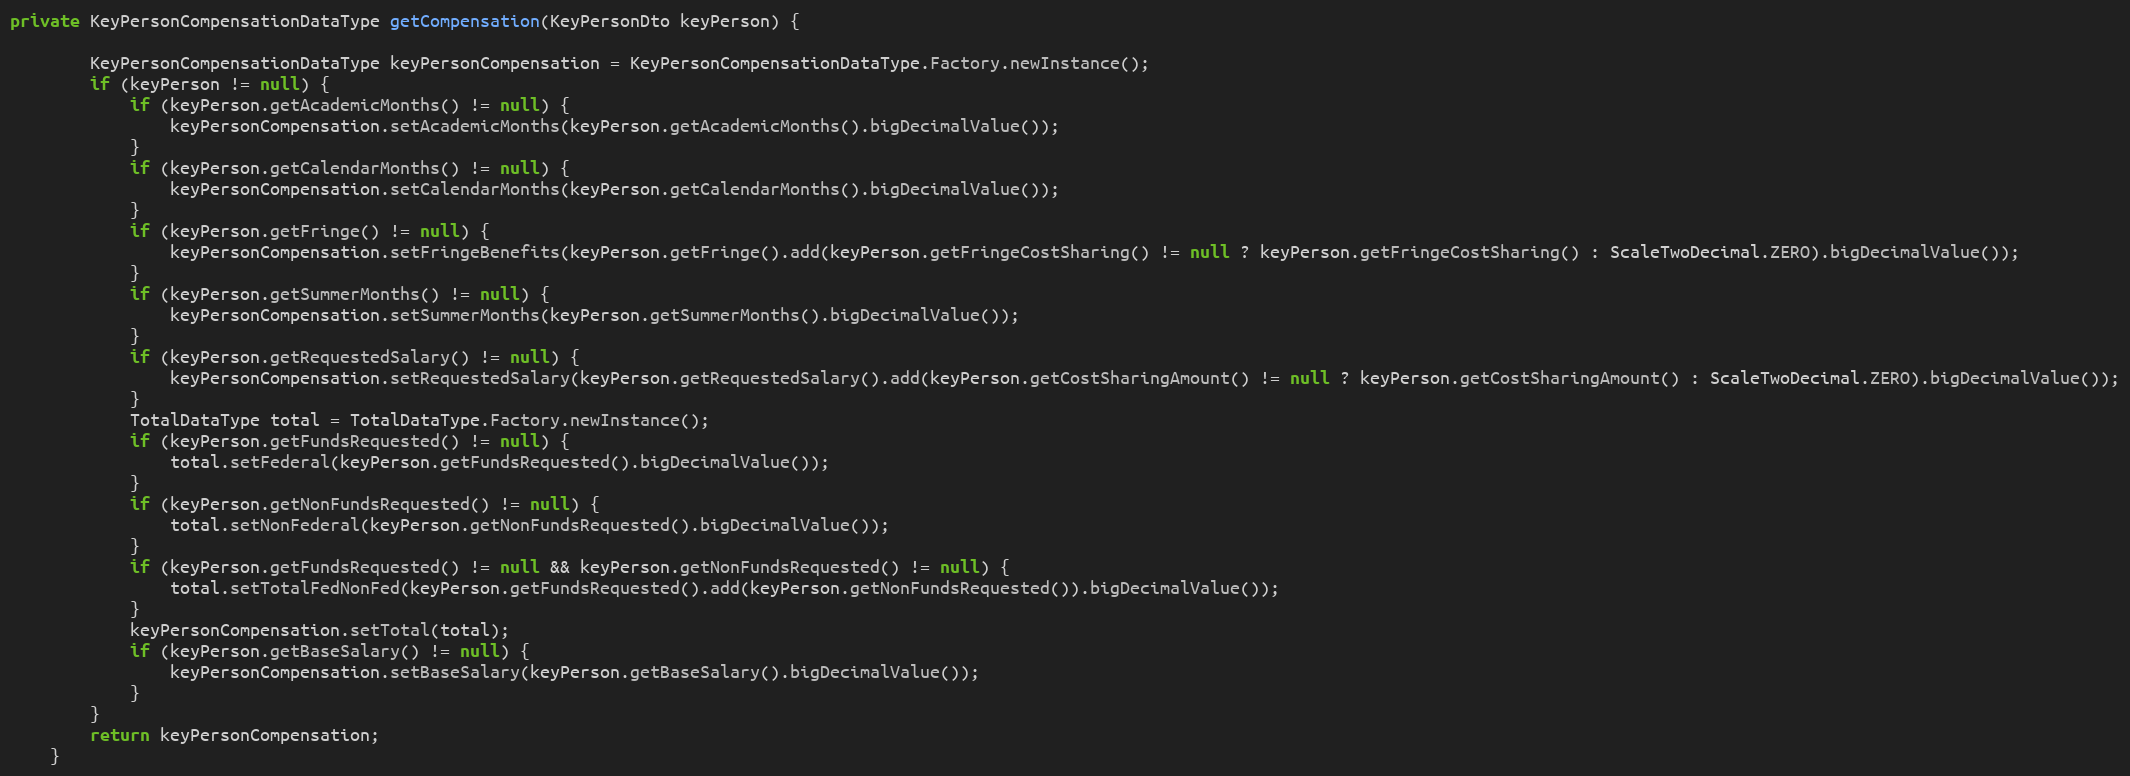
Language: Java
private KeyPersonCompensationDataType getCompensation(KeyPersonDto keyPerson) {

        KeyPersonCompensationDataType keyPersonCompensation = KeyPersonCompensationDataType.Factory.newInstance();
        if (keyPerson != null) {
            if (keyPerson.getAcademicMonths() != null) {
                keyPersonCompensation.setAcademicMonths(keyPerson.getAcademicMonths().bigDecimalValue());
            }
            if (keyPerson.getCalendarMonths() != null) {
                keyPersonCompensation.setCalendarMonths(keyPerson.getCalendarMonths().bigDecimalValue());
            }
            if (keyPerson.getFringe() != null) {
                keyPersonCompensation.setFringeBenefits(keyPerson.getFringe().add(keyPerson.getFringeCostSharing() != null ? keyPerson.getFringeCostSharing() : ScaleTwoDecimal.ZERO).bigDecimalValue());
            }
            if (keyPerson.getSummerMonths() != null) {
                keyPersonCompensation.setSummerMonths(keyPerson.getSummerMonths().bigDecimalValue());
            }
            if (keyPerson.getRequestedSalary() != null) {
                keyPersonCompensation.setRequestedSalary(keyPerson.getRequestedSalary().add(keyPerson.getCostSharingAmount() != null ? keyPerson.getCostSharingAmount() : ScaleTwoDecimal.ZERO).bigDecimalValue());
            }
            TotalDataType total = TotalDataType.Factory.newInstance();
            if (keyPerson.getFundsRequested() != null) {
                total.setFederal(keyPerson.getFundsRequested().bigDecimalValue());
            }
            if (keyPerson.getNonFundsRequested() != null) {
                total.setNonFederal(keyPerson.getNonFundsRequested().bigDecimalValue());
            }
            if (keyPerson.getFundsRequested() != null && keyPerson.getNonFundsRequested() != null) {
                total.setTotalFedNonFed(keyPerson.getFundsRequested().add(keyPerson.getNonFundsRequested()).bigDecimalValue());
            }
            keyPersonCompensation.setTotal(total);
            if (keyPerson.getBaseSalary() != null) {
                keyPersonCompensation.setBaseSalary(keyPerson.getBaseSalary().bigDecimalValue());
            }
        }
        return keyPersonCompensation;
    }